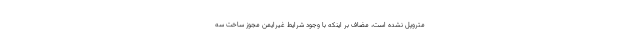
متروپل نشده است، مضاف بر اینکه با وجود شرایط غیرایمن مجوز ساخت سه